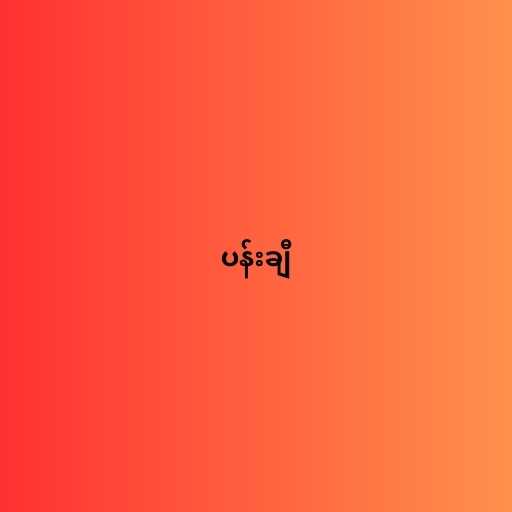
ပန်းချီ